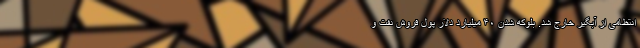
انتظامی از آبگیر خارج شد. بلوکه شدن ۴۰ میلیارد دلار پول فروش نفت و